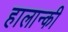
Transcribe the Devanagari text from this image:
हालान्की